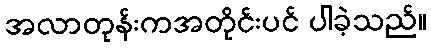
အလာတုန်းကအတိုင်းပင် ပါခဲ့သည်။